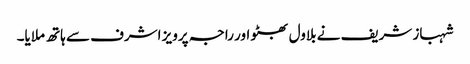
شہباز شریف نے بلاول بھٹو اور راجہ پرویز اشرف سے ہاتھ ملایا۔